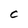
Character: C